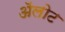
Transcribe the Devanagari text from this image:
ॲलोट